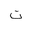
Letter: _ta